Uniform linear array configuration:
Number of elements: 24
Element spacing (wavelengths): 1
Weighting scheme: exponential
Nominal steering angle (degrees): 30
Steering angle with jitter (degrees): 31.682
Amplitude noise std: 0.05
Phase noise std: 0.05

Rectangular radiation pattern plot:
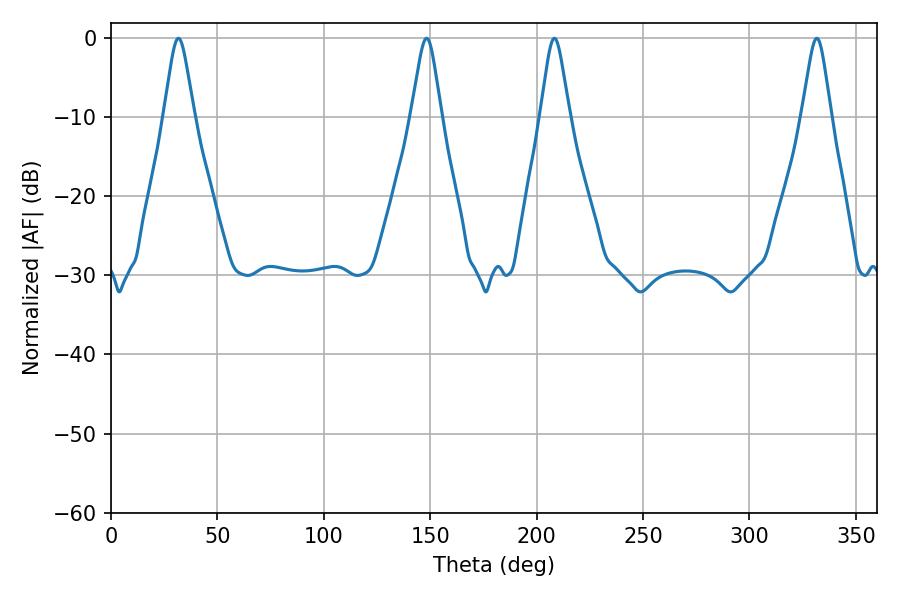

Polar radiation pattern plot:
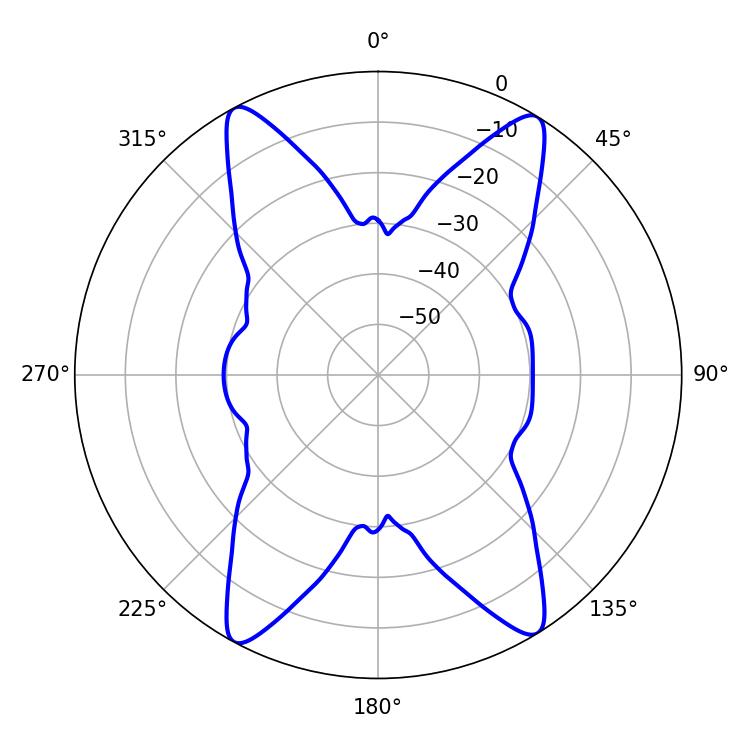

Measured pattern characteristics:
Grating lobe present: TRUE
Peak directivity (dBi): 20.175
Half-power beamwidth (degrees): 6.66
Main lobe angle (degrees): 31.68